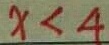
x < 4